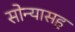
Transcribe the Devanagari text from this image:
सोन्यासह